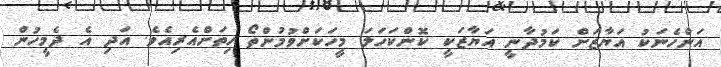
އަންހެނަކު އަޔާޒަށް ކަމުދާނީ އަޔާޒަކީ ކޮންކަހަލަ މީހަކަށްވުމުންތޯ ހިތަށްއެރިއެވެ. އަދި އެ ދެމީހުން